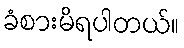
ခံစားမိရပါတယ်။